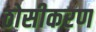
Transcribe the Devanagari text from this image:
ठोसीकरण